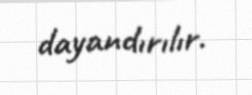
dayandırılır.